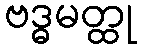
ဗဒ္ဓမတ္ထု